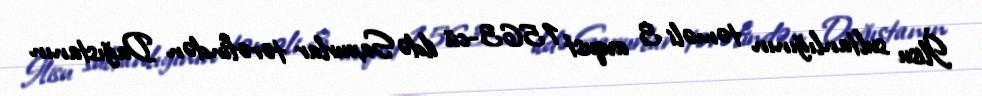
İlisu sultanlığının təməli 3 avqust 1563-cü ildə Saxurlar tərəfindən Dağıstanın